Lunatic asylums Bombay report 1891-1903 - 1891-1903
Year: 1891
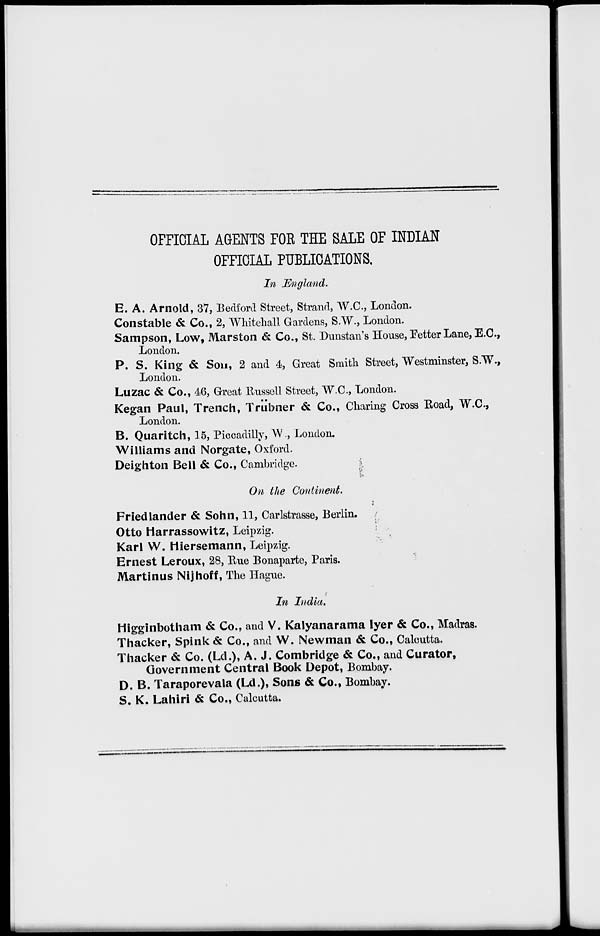
OFFICIAL AGENTS FOR THE SALE OF INDIAN
OFFICIAL PUBLICATIONS.
In England.
E. A. Arnold, 37, Bedford Street, Strand, W.C., London.
Constable & Co., 2, Whitehall Gardens, S.W., London.
Sampson, Low, Marston & Co., St. Dunstan's House, Fetter Lane, E.C.,
London.
P. S. King & Son, 2 and 4, Great Smith Street, Westminster, S.W.,
London.
Luzac & Co., 46, Great Russell Street, W.C., London.
Kegan Paul, Trench, Trübner & Co., Charing Cross Road, W.C.,
London.
B. Quaritch, 15, Piccadilly, W., London.
Williams and Norgate, Oxford.
Deighton Bell & Co., Cambridge.
On the Continent.
Friedlander & Sohn, 11, Carlstrasse, Berlin.
Otto Harrassowitz, Leipzig.
Karl W. Hiersemann, Leipzig.
Ernest Leroux, 28, Rue Bonaparte, Paris.
Martinus Nijhoff, The Hague.
In India.
Higginbotham & Co., and V. Kalyanarama Iyer & Co., Madras.
Thacker, Spink & Co., and W. Newman & Co., Calcutta.
Thacker & Co. (Ld.), A. J. Combridge & Co., and Curator,
Government Central Book Depot, Bombay.
D. B. Taraporevala (Ld.), Sons & Co., Bombay.
S. K. Lahiri & Co., Calcutta.